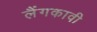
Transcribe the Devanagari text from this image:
लैंगकावी